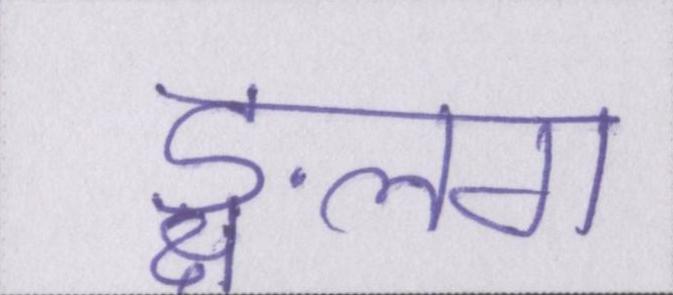
ङ्क्षलग